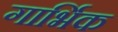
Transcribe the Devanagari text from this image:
गार्भिक